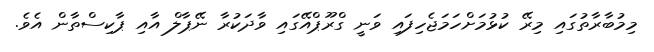
މިމުބާރާތުގައި މިރޭ ކުޅުމަށްހަމަޖެހިފައި ވަނީ ގްރޫޕްއޭގައި ވާދަކުރާ ނޭޕާލް އާއި ޕާކިސްތާން އެވެ.